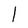
Character: 1